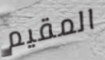
المقيم